Indian journal of veterinary science and animal husbandry - Volume 1,
Year: 1931
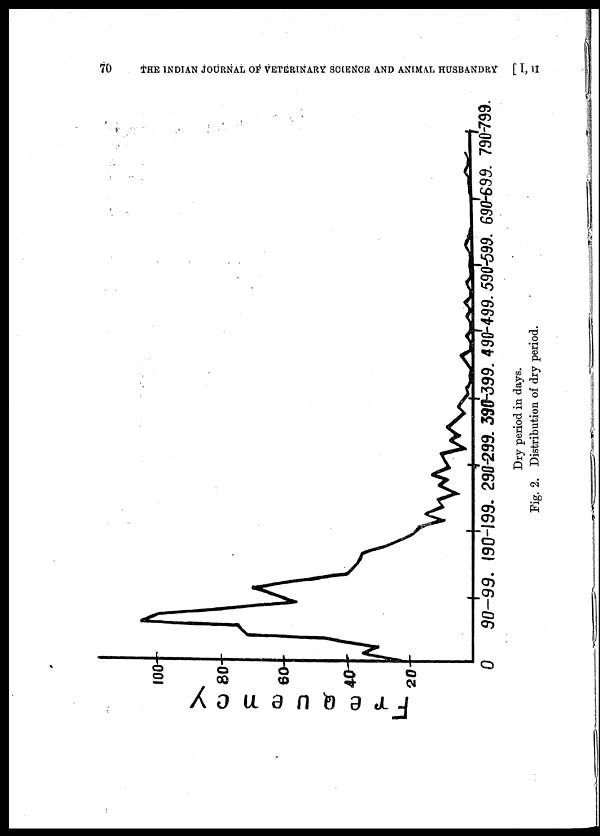
70 THE INDIAN JOURNAL OF VETERINARY SCIENCE AND ANIMAL HUSBANDRY [ I, I
Dry
period
in
days.
Fig. 2. Distribution of dry period.